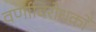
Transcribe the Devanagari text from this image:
वर्णाविरोधकों